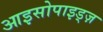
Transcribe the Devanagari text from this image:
आइसोपाइड्ज़